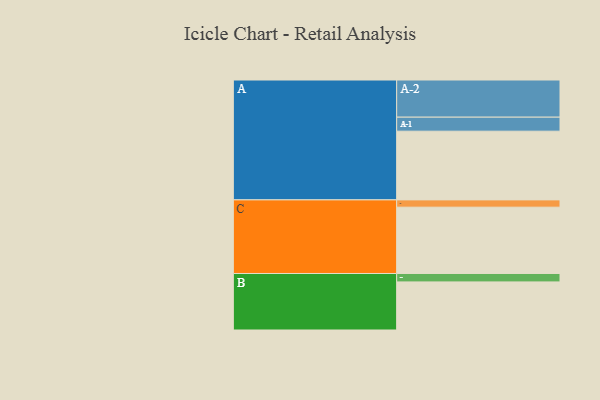
{"axis": {"x": "Segment", "y": "Value"}, "legend": ["", "A", "B", "C"], "data": [{"x": "A", "y": 490, "type": ""}, {"x": "B", "y": 343, "type": ""}, {"x": "C", "y": 473, "type": ""}, {"x": "A-1", "y": 100, "type": "A"}, {"x": "A-2", "y": 265, "type": "A"}, {"x": "B-1", "y": 60, "type": "B"}, {"x": "C-1", "y": 52, "type": "C"}]}